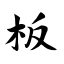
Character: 板